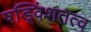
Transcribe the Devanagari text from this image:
षड्विंशतत्व